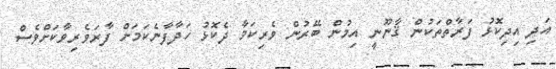
އަދި އިދިކޮޅު ފަރާތްތަކުން ޤާނޫނީ އިމުން ބޭރުން ވެރިކަމާ ދެކޮޅު ހަދާފާނެކަމަށް ފާރަވެރިވާކަށްވެސް